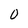
Character: O